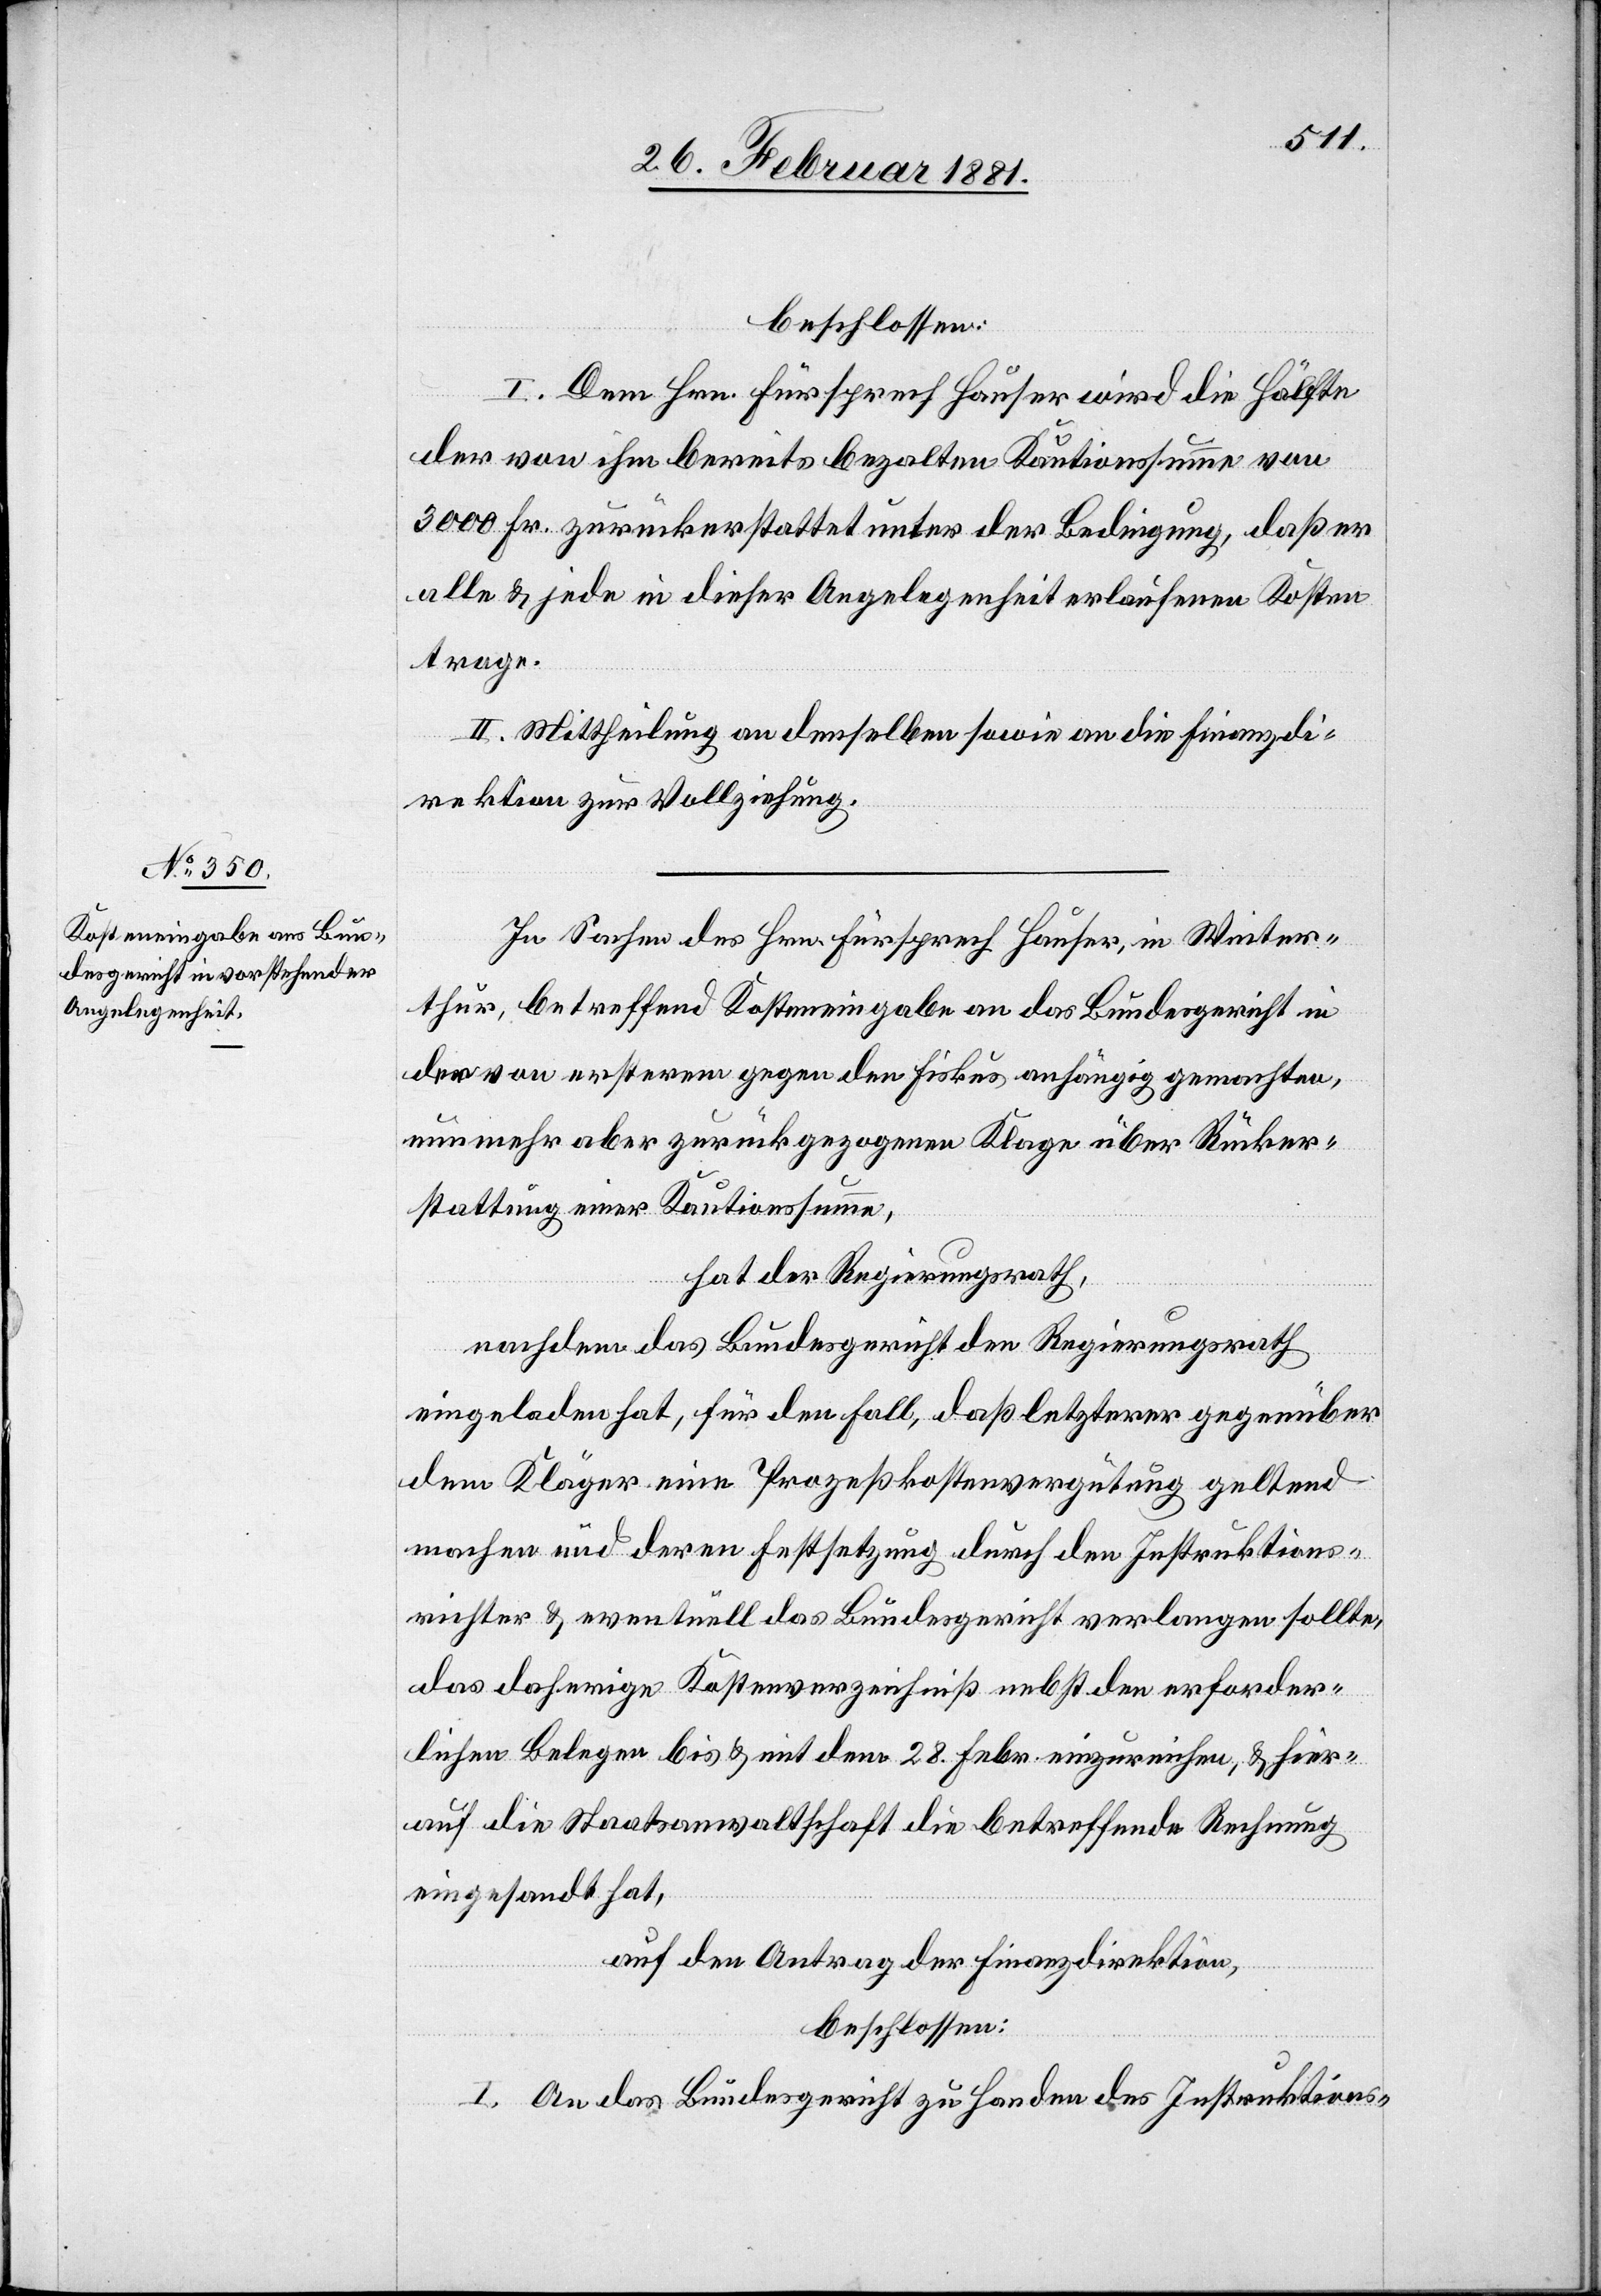
beschlossen:
I. Dem Hrn. Fürsprech Hauser wird die Hälfte
der von ihm bereits bezahlten Kautionssumme von
300 Fr. zurückerstattet unter der Bedingung, daß er
alle & jede in dieser Angelegenheit erlaufenen Kosten
trage.
II. Mittheilung an denselben sowie an die Finanzdi¬
rektion zur Vollziehung.
In Sachen des Hrn. Fürsprech Hauser, in Winter¬
thur, betreffend Kosteneingabe an das Bundesgericht in
der von ersterem gegen den Fiskus anhängig gemachten,
nunmehr aber zurückgezogenen Klage über Rücker¬
stattung einer Kautionssumme,
hat der Regierungsrath,
nachdem das Bundesgericht den Regierungsrath
eingeladen hat, für den Fall, daß letzterer gegenüber
dem Kläger eine Prozeßkostenvergütung geltend
machen und deren Festsetzung durch den Instruktions¬
richter & eventuell das Bundesgericht verlangen sollte,
das daherige Kostenverzeichniß nebst den erforder¬
lichen Belegen bis & mit dem 28. Febr. einzureichen, & hier¬
auf die Staatsanwaltschaft die betreffende Rechnung
eingesandt hat,
auf den Antrag der Finanzdirektion,
beschlossen:
I.
An das Bundesgericht zu Handen des Instruktions-